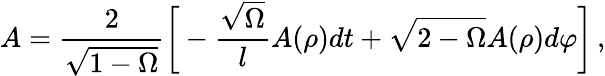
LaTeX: A=\frac{2}{\sqrt{1-\Omega}}{\biggl[}-\frac{\sqrt{\Omega}}{l}A(\rho)dt+\sqrt{2-\Omega}A(\rho)d\varphi{\biggr]}\, ,